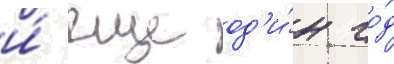
и́ еще од'и́н го́д